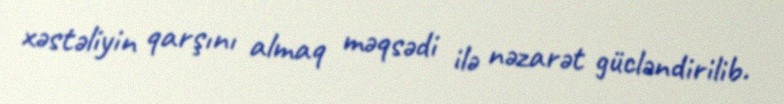
xəstəliyin qarşını almaq məqsədi ilə nəzarət gücləndirilib.